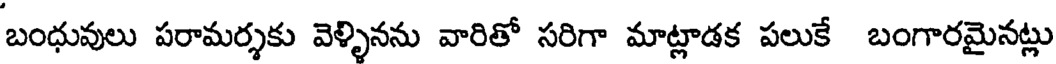
బంధువులు పరామర్శకు వెళ్ళినను వారితో సరిగా మాట్లాడక పలుకే బంగారమైనట్లు